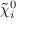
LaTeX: { \tilde { \chi } } _ { i } ^ { 0 }